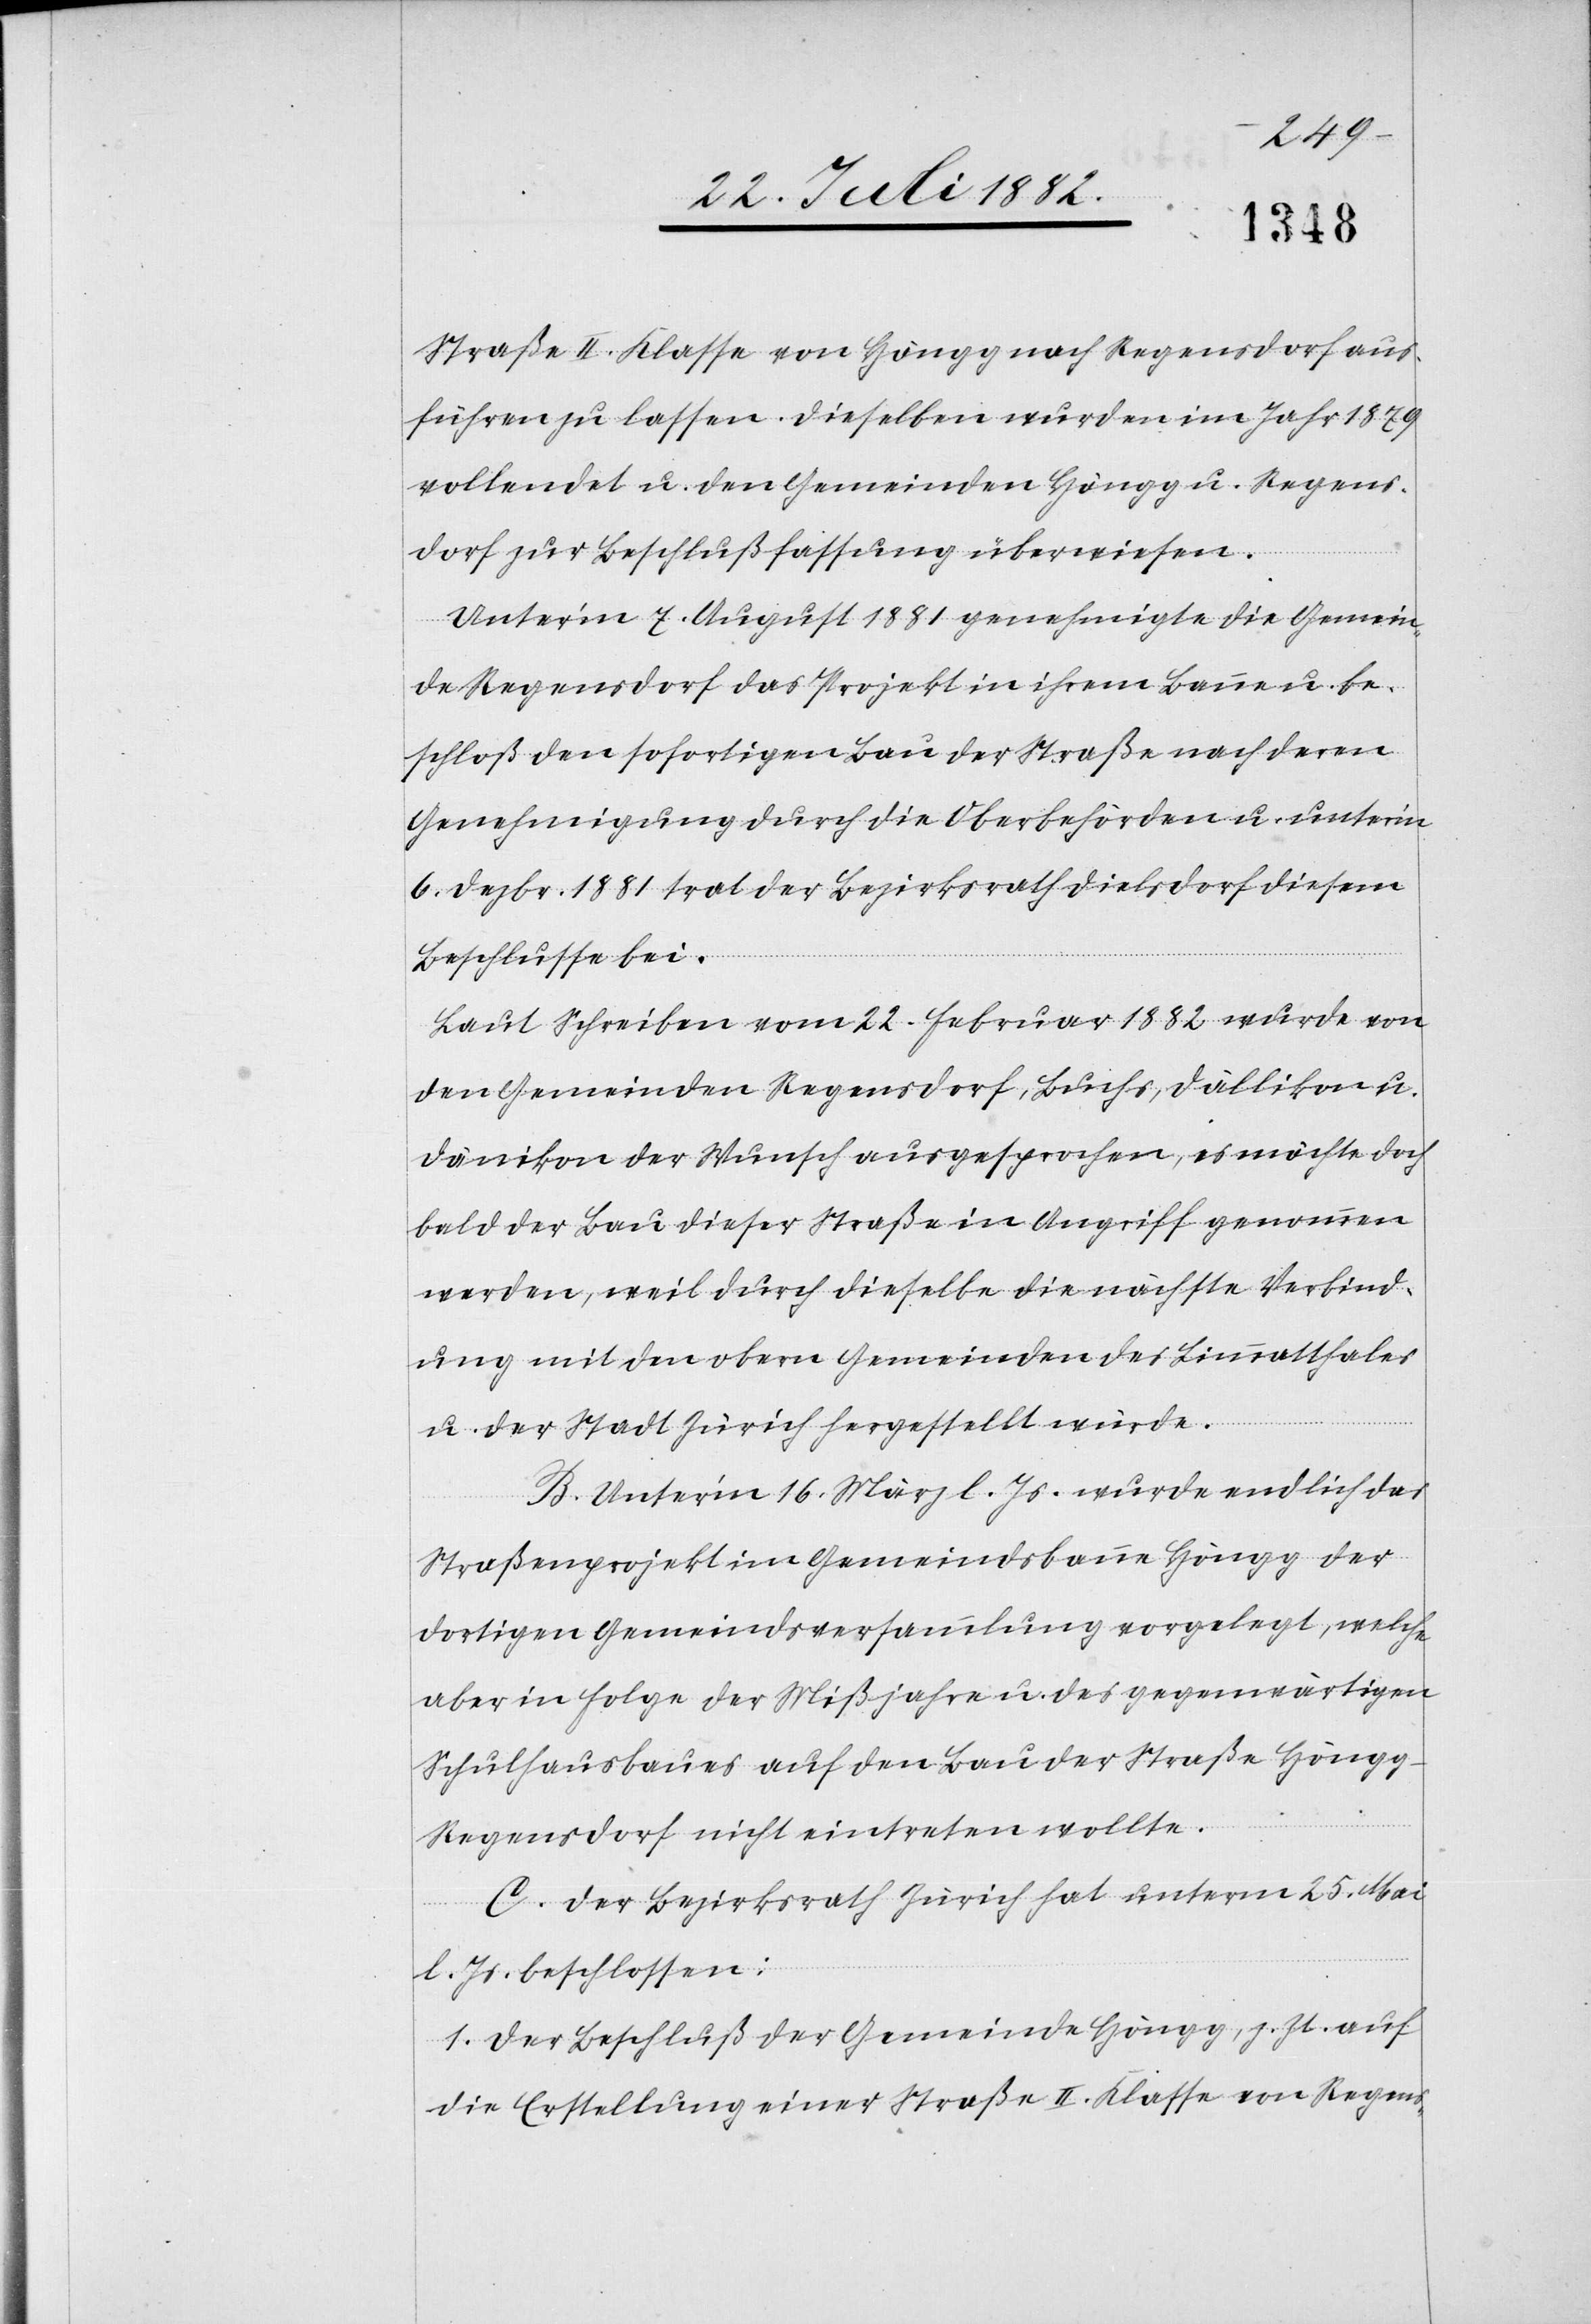
Straße II. Klasse von Höngg nach Regensdorf aus¬
führen zu lassen. Dieselben wurden im Jahr 1879
vollendet u. den Gemeinden Höngg u. Regens¬
dorf zur Beschlußfassung überwiesen.
Unter’m 7. August 1881 genehmigte die Gemein¬
de Regensdorf das Projekt in ihrem Banne u. be¬
schloß den sofortigen Bau der Straße nach deren
Genehmigung durch die Oberbehörden u. unter’m
6. Dezbr. 1881 trat der Bezirksrath Dielsdorf diesem
Beschlusse bei.
Laut Schreiben vom 22. Februar 1882 wurde von
den Gemeinden Regensdorf, Buchs, Dällikon u.
Dänikon der Wunsch ausgesprochen, es möchte doch
bald der Bau dieser Straße in Angriff genommen
werden, weil durch dieselbe die nächste Verbind¬
ung mit den obern Gemeinden des Limmatthales
u. der Stadt Zürich hergestellt würde.
B. Unter’m 16. März l. Js. wurde endlich das
Straßenprojekt im Gemeindsbanne Höngg der
dortigen Gemeindsversammlung vorgelegt, welche
aber in Folge der Mißjahre u. des gegenwärtigen
Schulhausbaues auf den Bau der Straße Höng¬
g–Regensdorf nicht eintreten wollte.
C. Der Bezirksrath Zürich hat unterm 25. Mai
l. Js. beschlossen:
1. Der Beschluß der Gemeinde Höngg, z. Zt. auf
die Erstellung einer Straße II. Klasse von Regens-